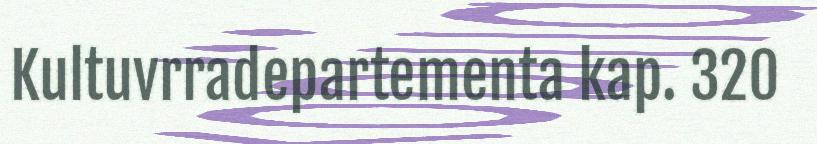
Kultuvrradepartementa kap. 320